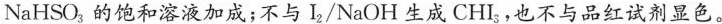
NaHSO_{3}的饱和溶液加成；不与I_{2}/NaOH生成CHI_{3}，也不与品红试剂显色。